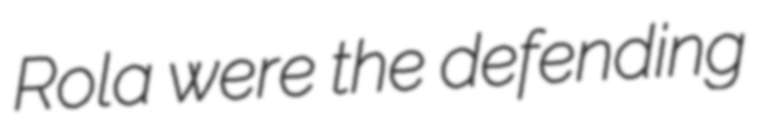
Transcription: Rola were the defending